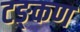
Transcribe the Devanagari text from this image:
टङ्कण